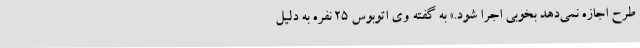
طرح اجازه نمی‌دهد بخوبی اجرا شود.» به گفته وی اتوبوس 25 نفره به دلیل